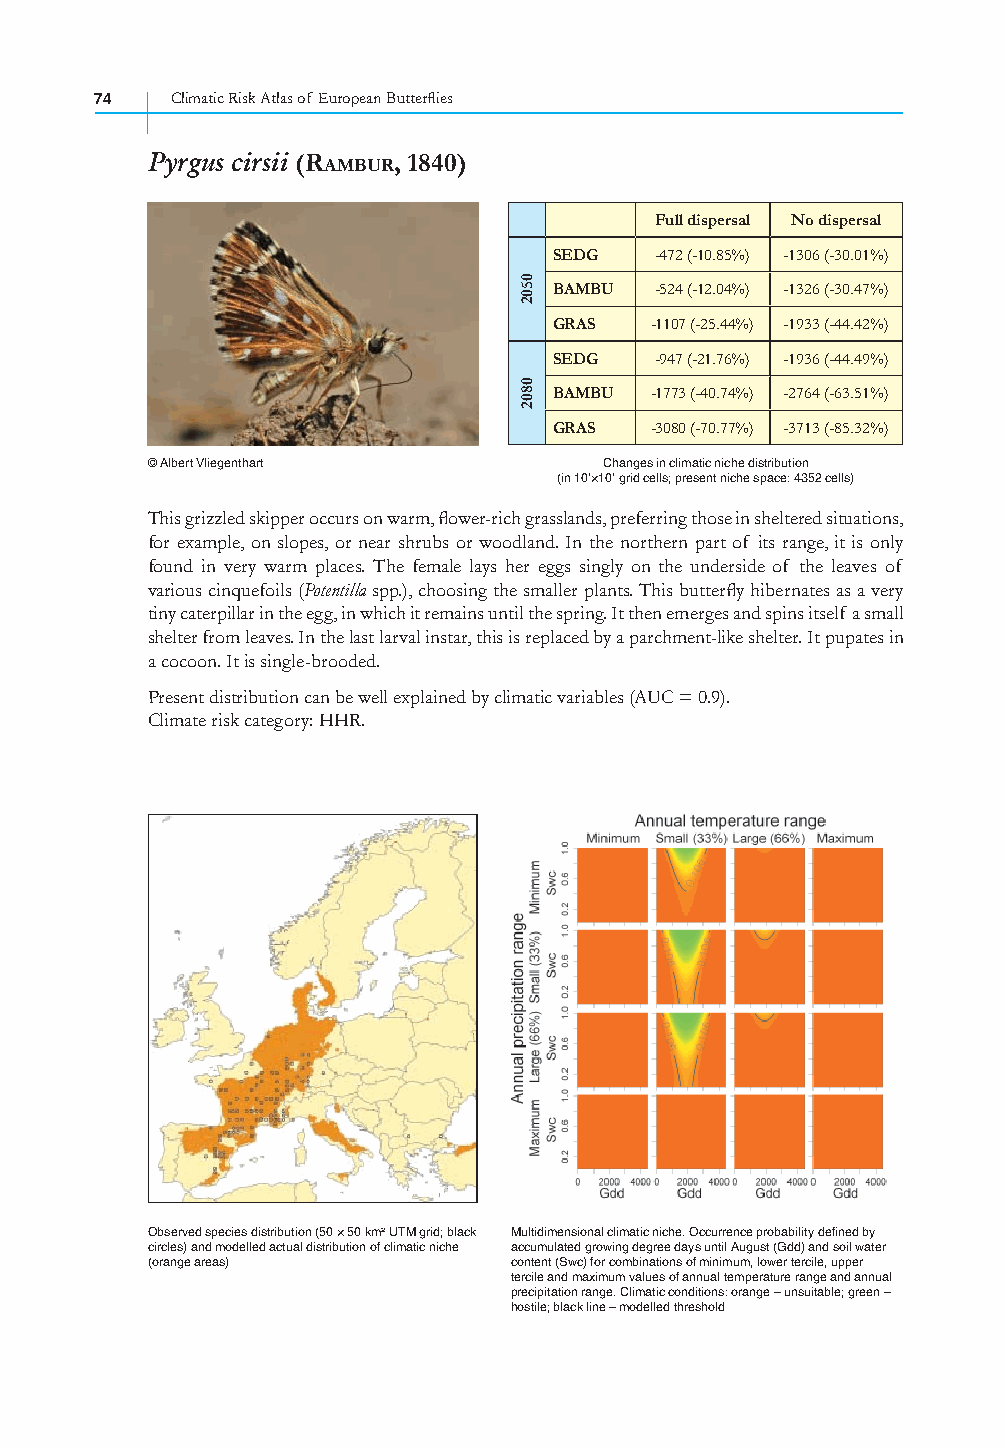
74   Climatic Risk Atlas of European Butterfl ies
 Pyrgus cirsii (RAMBUR, 1840)
 Full dispersal No dispersal
 SEDG  -472 (-10.85%) -1306 (-30.01%)
 BAMBU -524 (-12.04%) -1326 (-30.47%)
 GRAS  -1107 (-25.44%) -1933 (-44.42%)
 SEDG  -947 (-21.76%) -1936 (-44.49%)
 BAMBU -1773 (-40.74%) -2764 (-63.51%)
 GRAS  -3080 (-70.77%) -3713 (-85.32%)
 © Albert Vliegenthart         Changes in climatic niche distribution
 (in 10’×10’ grid cells; present niche space: 4352 cells)
 This grizzled skipper occurs on warm, fl ower-rich grasslands, preferring those in sheltered situations,
 for example, on slopes, or near shrubs or woodland. In the northern part of its range, it is only
 found in very warm places. The female lays her eggs singly on the underside of the leaves of
 various cinquefoils (Potentilla spp.), choosing the smaller plants. This butterfl y hibernates as a very
 tiny caterpillar in the egg, in which it remains until the spring. It then emerges and spins itself a small
 shelter from leaves. In the last larval instar, this is replaced by a parchment-like shelter. It pupates in
 a cocoon. It is single-brooded.
 Present distribution can be well explained by climatic variables (AUC = 0.9).
 Climate risk category: HHR.
 Observed species distribution (50 × 50 km² UTM grid; black Multidimensional climatic niche. Occurrence probability defined by
 circles) and modelled actual distribution of climatic niche accumulated growing degree days until August (Gdd) and soil water
 (orange areas)          content (Swc) for combinations of minimum, lower tercile, upper
 tercile and maximum values of annual temperature range and annual
 precipitation range. Climatic conditions: orange – unsuitable; green –
 hostile; black line – modelled threshold
 0502
 0802